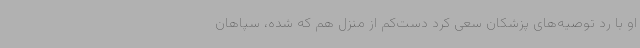
او با رد توصیه‌های پزشکان سعی کرد دست‌کم از منزل هم که شده، سپاهان